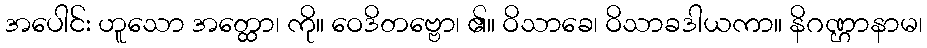
အပေါင်း ဟူသော အတ္ထော၊ ကို။ ဝေဒိတဗ္ဗော၊ ၏။ ဝိသာခေ၊ ဝိသာခဒါယကာ။ နိဂဏ္ဌာနာမ၊